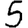
Digit: 5